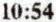
10:54